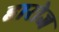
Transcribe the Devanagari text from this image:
हारोज